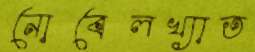
নোবেলখ্যাত